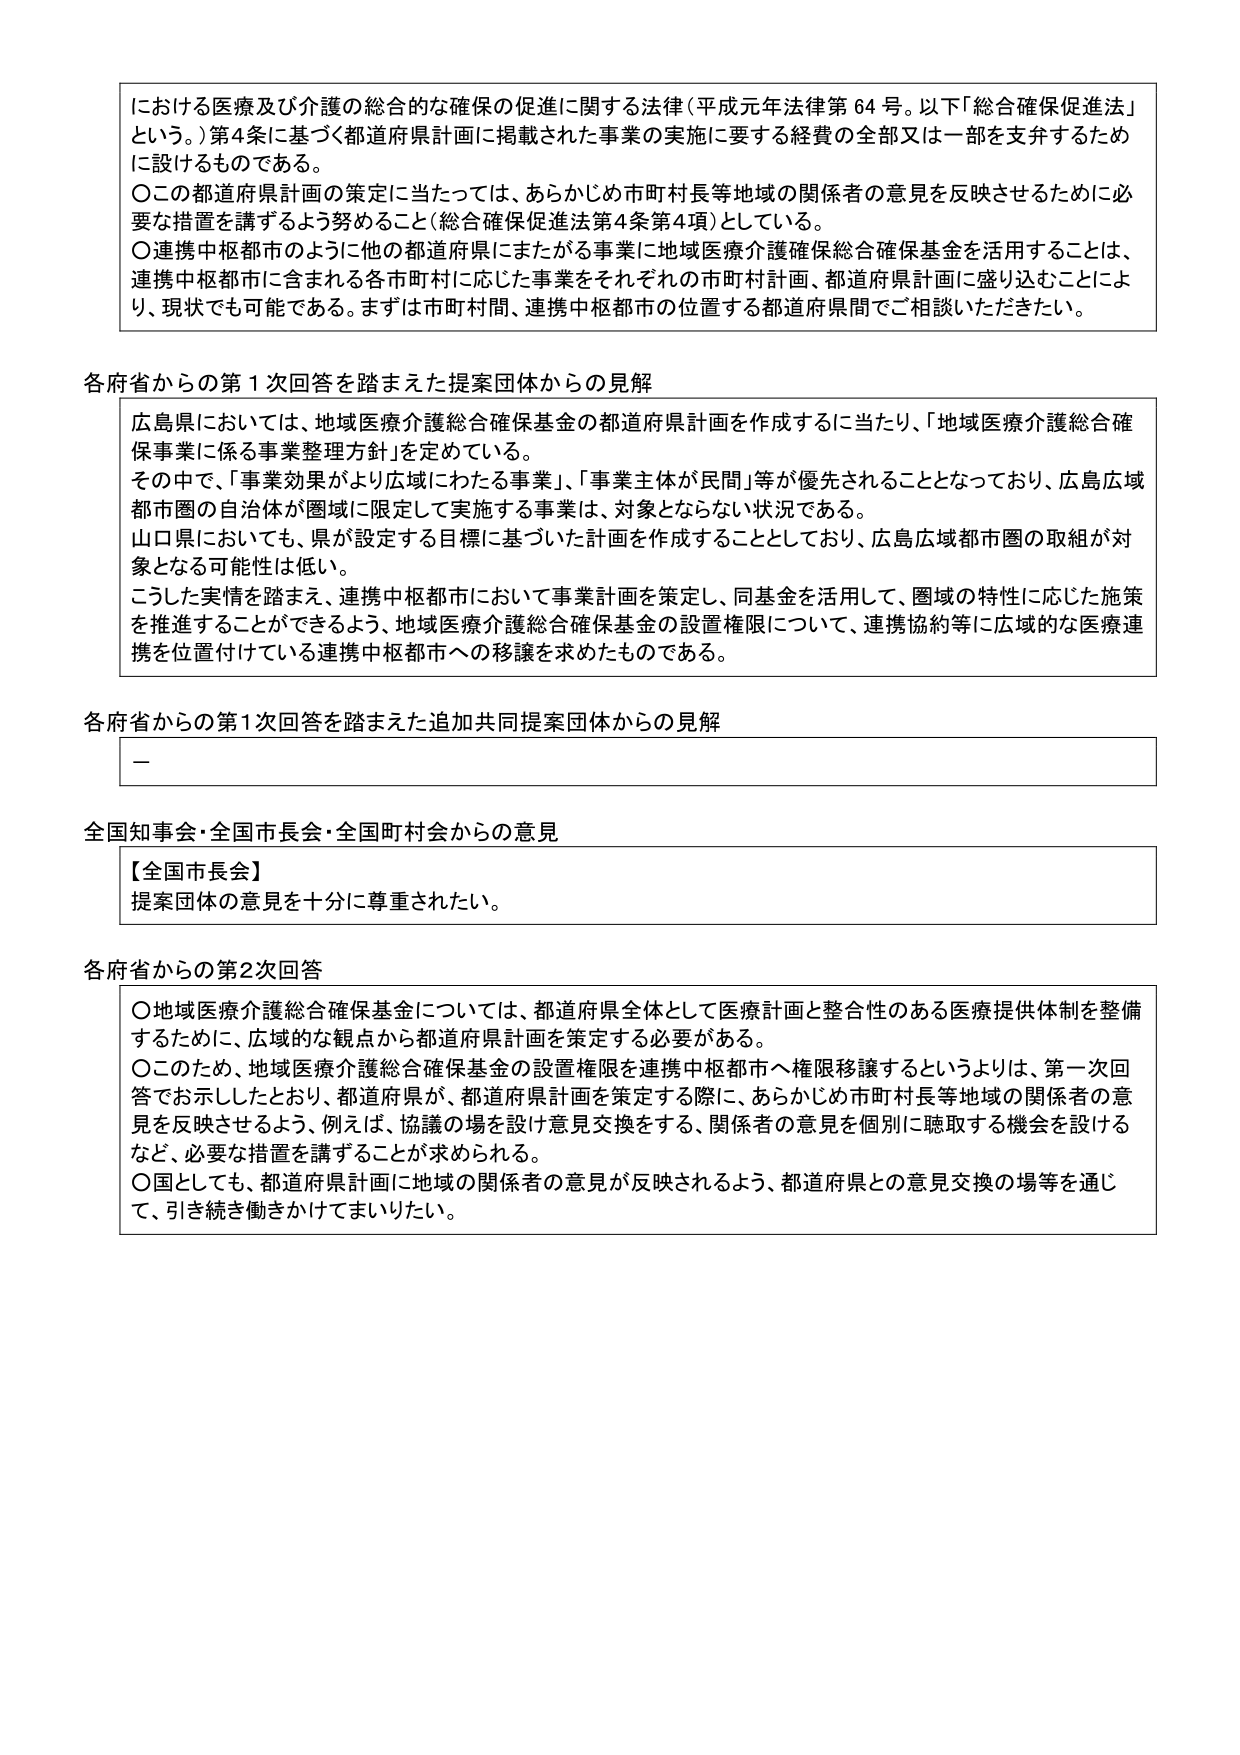
における医療及び介護の総合的な確保の促進に関する法律（平成元年法律第64号。以下「総合確保促進法」という。）第4条に基づく都道府県計画に掲載された事業の実施に要する経費の全部又は一部を支弁するために設けるものである。

〇この都道府県計画の策定に当たっては、あらかじめ市町村長等地域の関係者の意見を反映させるために必要な措置を講ずるよう努めること（総合確保促進法第4条第4項）としている。

〇連携中枢都市のように他の都道府県にまたがる事業に地域医療介護確保総合確保基金を活用することは、連携中枢都市に含まれる各市町村に応じた事業をそれぞれの市町村計画、都道府県計画に盛り込むことにより、現状でも可能である。まずは市町村間、連携中枢都市の位置する都道府県間でご相談いただきたい。

各府省からの第1次回答を踏まえた提案団体からの見解

広島県においては、地域医療介護総合確保基金の都道府県計画を作成するに当たり、「地域医療介護総合確保事業に係る事業整理方針」を定めている。

その中で、「事業効果がより広域にわたる事業」、「事業主体が民間」等が優先されることとなっており、広島広域都市圏の自治体が圏域に限定して実施する事業は、対象とならない状況である。

山口県においても、県が設定する目標に基づいた計画を作成することとしており、広島広域都市圏の取組が対象となる可能性は低い。

こうした実情を踏まえ、連携中枢都市において事業計画を策定し、同基金を活用して、圏域の特性に応じた施策を推進することができるよう、地域医療介護総合確保基金の設置権限について、連携協約等に広域的な医療連携を位置付けている連携中枢都市への移譲を求めたものである。

各府省からの第1次回答を踏まえた追加共同提案団体からの見解

—

全国知事会・全国市長会・全国町村会からの意見

【全国市長会】
提案団体の意見を十分に尊重されたい。

各府省からの第2次回答

〇地域医療介護総合確保基金については、都道府県全体として医療計画と整合性のある医療提供体制を整備するために、広域的な観点から都道府県計画を策定する必要がある。

〇このため、地域医療介護総合確保基金の設置権限を連携中枢都市へ権限移譲するというよりは、第一次回答でお示ししたとおり、都道府県が、都道府県計画を策定する際に、あらかじめ市町村長等地域の関係者の意見を反映させるよう、例えば、協議の場を設け意見交換をする、関係者の意見を個別に聴取する機会を設けるなど、必要な措置を講ずることが求められる。

〇国としても、都道府県計画に地域の関係者の意見が反映されるよう、都道府県との意見交換の場等を通じて、引き続き働きかけてまいりたい。